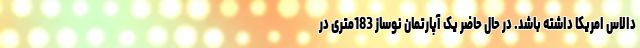
دالاس امریکا داشته باشد. در حال حاضر یک آپارتمان نوساز 183متری در